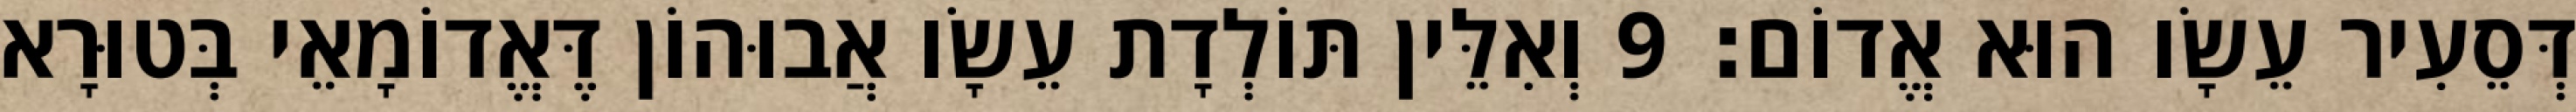
דְּסֵעִיר עֵשָׂו הוּא אֱדוֹם׃ 9 וְאִלֵּין תּוֹלְדָת עֵשָׂו אֲבוּהוֹן דֶּאֱדוֹמָאֵי בְּטוּרָא